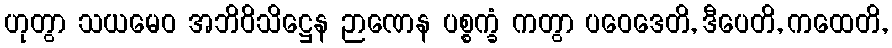
ဟုတွာ သယမေဝ အဘိဝိသိဋ္ဌေန ဉာဏေန ပစ္စက္ခံ ကတွာ ပဝေဒေတိ, ဒီပေတိ, ကထေတိ,